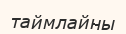
таймлайны